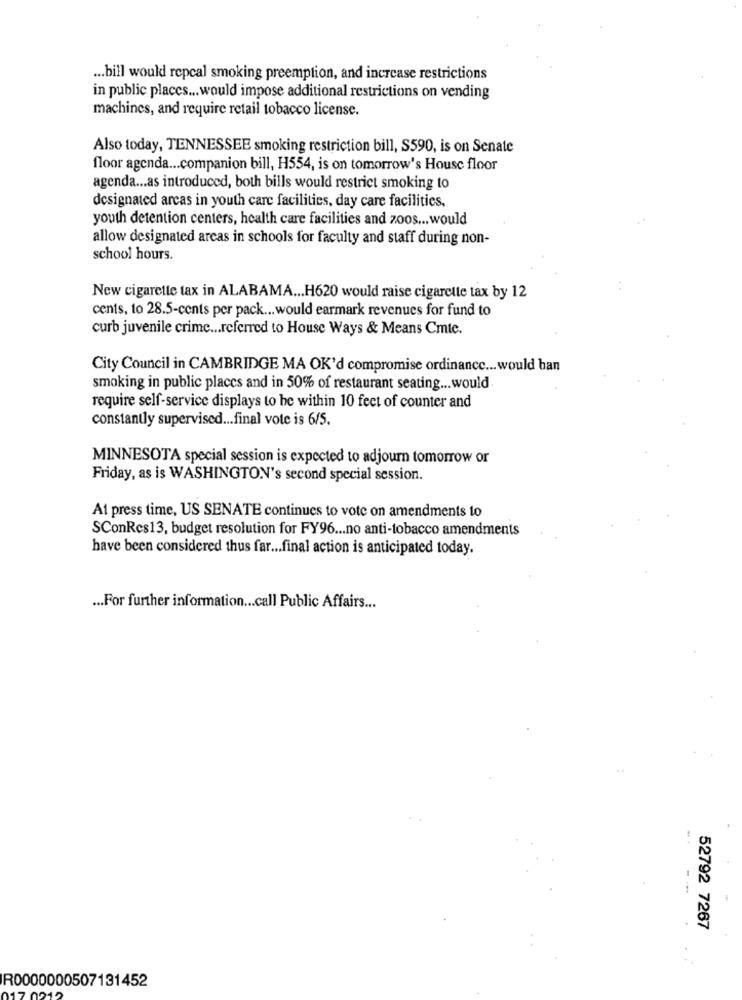
... bill would repcal smoking preemption, and increase restrictions
in public places ... would impose additional restrictions on vending
machines, and require retail tobacco license.
Also today, TENNESSEE smoking restriction bill, S590, is on Senate
floor agenda ... companion bill, H554, is on tomorrow's House floor
agenda ... as introduced, both bills would restrict smoking to
designated arcas in youth care facilities, day care facilities,
youth detention centers, health care facilities and zoos ... would
allow designated areas in schools for faculty and staff during non-
school hours.
New cigarette tax in ALABAMA ... H620 would raise cigarette tax by 12
cents, to 28.5-cents per pack ... would earmark revenues for fund to
curb juvenile crime ... referred to House Ways & Means Cmte.
City Council in CAMBRIDGE MA OK'd compromise ordinance ... would ban
smoking in public places and in 50% of restaurant seating ... would
require self-service displays to be within 10 feet of counter and
constantly supervised ... final vote is 6/5.
MINNESOTA special session is expected to adjourn tomorrow or
Friday, as is WASHINGTON's second special session.
At press time, US SENATE continues to vote on amendments to
SConRes13, budget resolution for FY96 ... no anti-tobacco amendments
have been considered thus far ... final action is anticipated today.
... For further information ... call Public Affairs ...
.. .
--
52792 7267
R0000000507131452